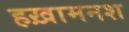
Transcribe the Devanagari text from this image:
हख़ामनश